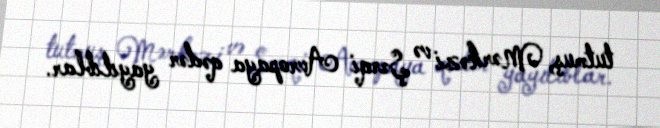
tutmuş, Mərkəzi və Şərqi Avropaya qədər yayılıblar.